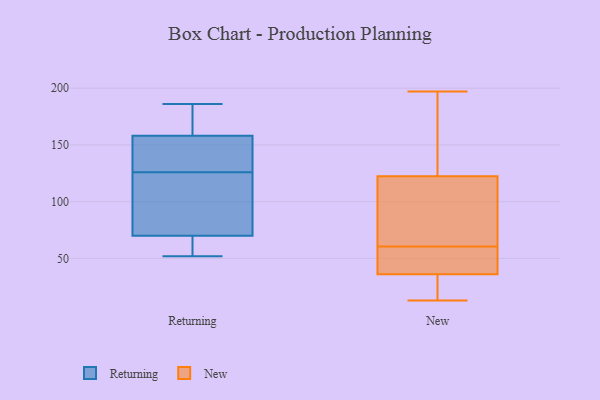
{"axis": {"x": "Inventory Turnover", "y": "Value"}, "legend": ["New", "Returning"], "data": [{"x": "", "y": 126, "type": "Returning"}, {"x": "", "y": 158, "type": "Returning"}, {"x": "", "y": 52, "type": "Returning"}, {"x": "", "y": 154, "type": "Returning"}, {"x": "", "y": 56, "type": "Returning"}, {"x": "", "y": 186, "type": "Returning"}, {"x": "", "y": 96, "type": "Returning"}, {"x": "", "y": 126, "type": "Returning"}, {"x": "", "y": 70, "type": "Returning"}, {"x": "", "y": 178, "type": "Returning"}, {"x": "", "y": 71, "type": "New"}, {"x": "", "y": 73, "type": "New"}, {"x": "", "y": 50, "type": "New"}, {"x": "", "y": 13, "type": "New"}, {"x": "", "y": 16, "type": "New"}, {"x": "", "y": 41, "type": "New"}, {"x": "", "y": 155, "type": "New"}, {"x": "", "y": 197, "type": "New"}, {"x": "", "y": 137, "type": "New"}, {"x": "", "y": 108, "type": "New"}, {"x": "", "y": 180, "type": "New"}, {"x": "", "y": 90, "type": "New"}, {"x": "", "y": 42, "type": "New"}, {"x": "", "y": 15, "type": "New"}, {"x": "", "y": 31, "type": "New"}, {"x": "", "y": 44, "type": "New"}]}